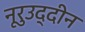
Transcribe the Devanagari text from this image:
नूरुउद्दीन